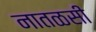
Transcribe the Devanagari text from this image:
नातळसी